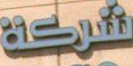
شركة